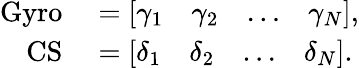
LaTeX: \begin{array}{rl}{\mathrm{Gyro}}&{{}=\left[\begin{array}{llll}{\gamma_{1}}&{\gamma_{2}}&{\dots}&{\gamma_{N}}\end{array}\right],}\\ {\mathrm{CS}}&{{}=\left[\begin{array}{llll}{\delta_{1}}&{\delta_{2}}&{\dots}&{\delta_{N}}\end{array}\right].}\end{array}